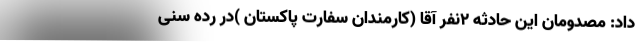
داد: مصدومان این حادثه ۲نفر آقا (کارمندان سفارت پاکستان )در رده سنی